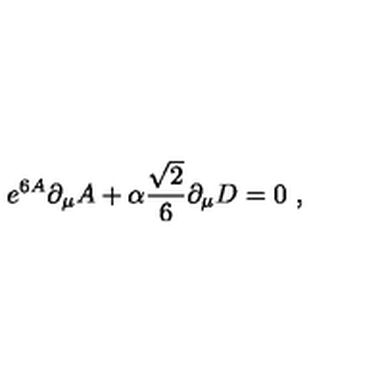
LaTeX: e ^ { 6 A } \partial _ { \mu } A + \alpha { \frac { \sqrt { 2 } } { 6 } } \partial _ { \mu } D = 0 \ ,